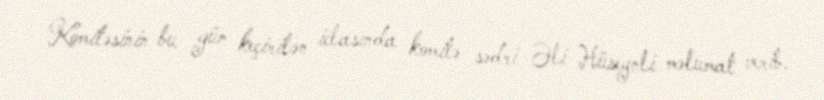
Komitəsinin bu gün keçirilən iclasında komitə sədri Əli Hüseynli məlumat verib.